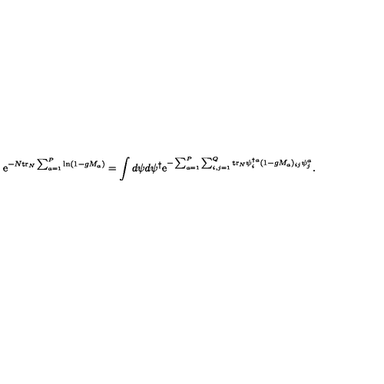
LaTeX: \mathrm { e } ^ { - N \mathrm { t r } _ { N } \sum _ { a = 1 } ^ { P } \ln ( 1 - g M _ { a } ) } = \int d \psi d \psi ^ { \dagger } \mathrm { e } ^ { - \sum _ { a = 1 } ^ { P } \sum _ { i , j = 1 } ^ { Q } \mathrm { t r } _ { N } \psi _ { i } ^ { \dagger a } ( 1 - g M _ { a } ) _ { i j } \psi _ { j } ^ { a } } .